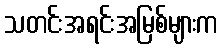
သတင်းအရင်းအမြစ်များက